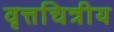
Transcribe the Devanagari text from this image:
वृत्तचित्रीय